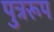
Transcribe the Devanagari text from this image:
पुत्ररूप